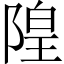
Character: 隍